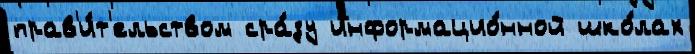
прав'и́т'ельством сра́зу информацио́нной шко́лах